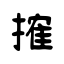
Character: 搉